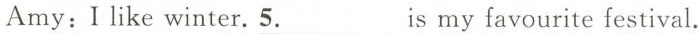
Amy:I like winter.\underline{5.}Is my favourite festival.